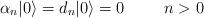
LaTeX: \begin{align*}\alpha_{n}|0\rangle=d_{n}|0\rangle=0 \hspace{1cm} n>0\end{align*}